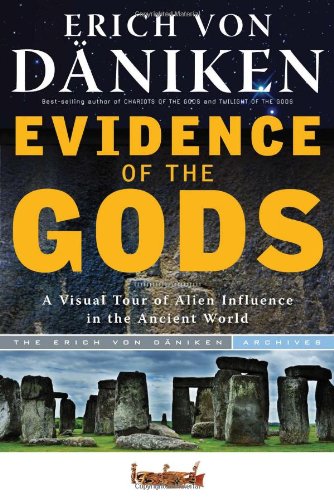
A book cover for Evidence of the Gods: A Visual Tour of Alien Influence in the Ancient World; Erich von Daniken; Science & Math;